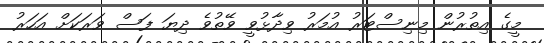
މީގެ އިތުރުން މިނިސްޓަރު އުމަރު ވިދާޅުވީ ވޭތުވެ ދިޔަ ފަސް ވަރަކަށް އަހަރު